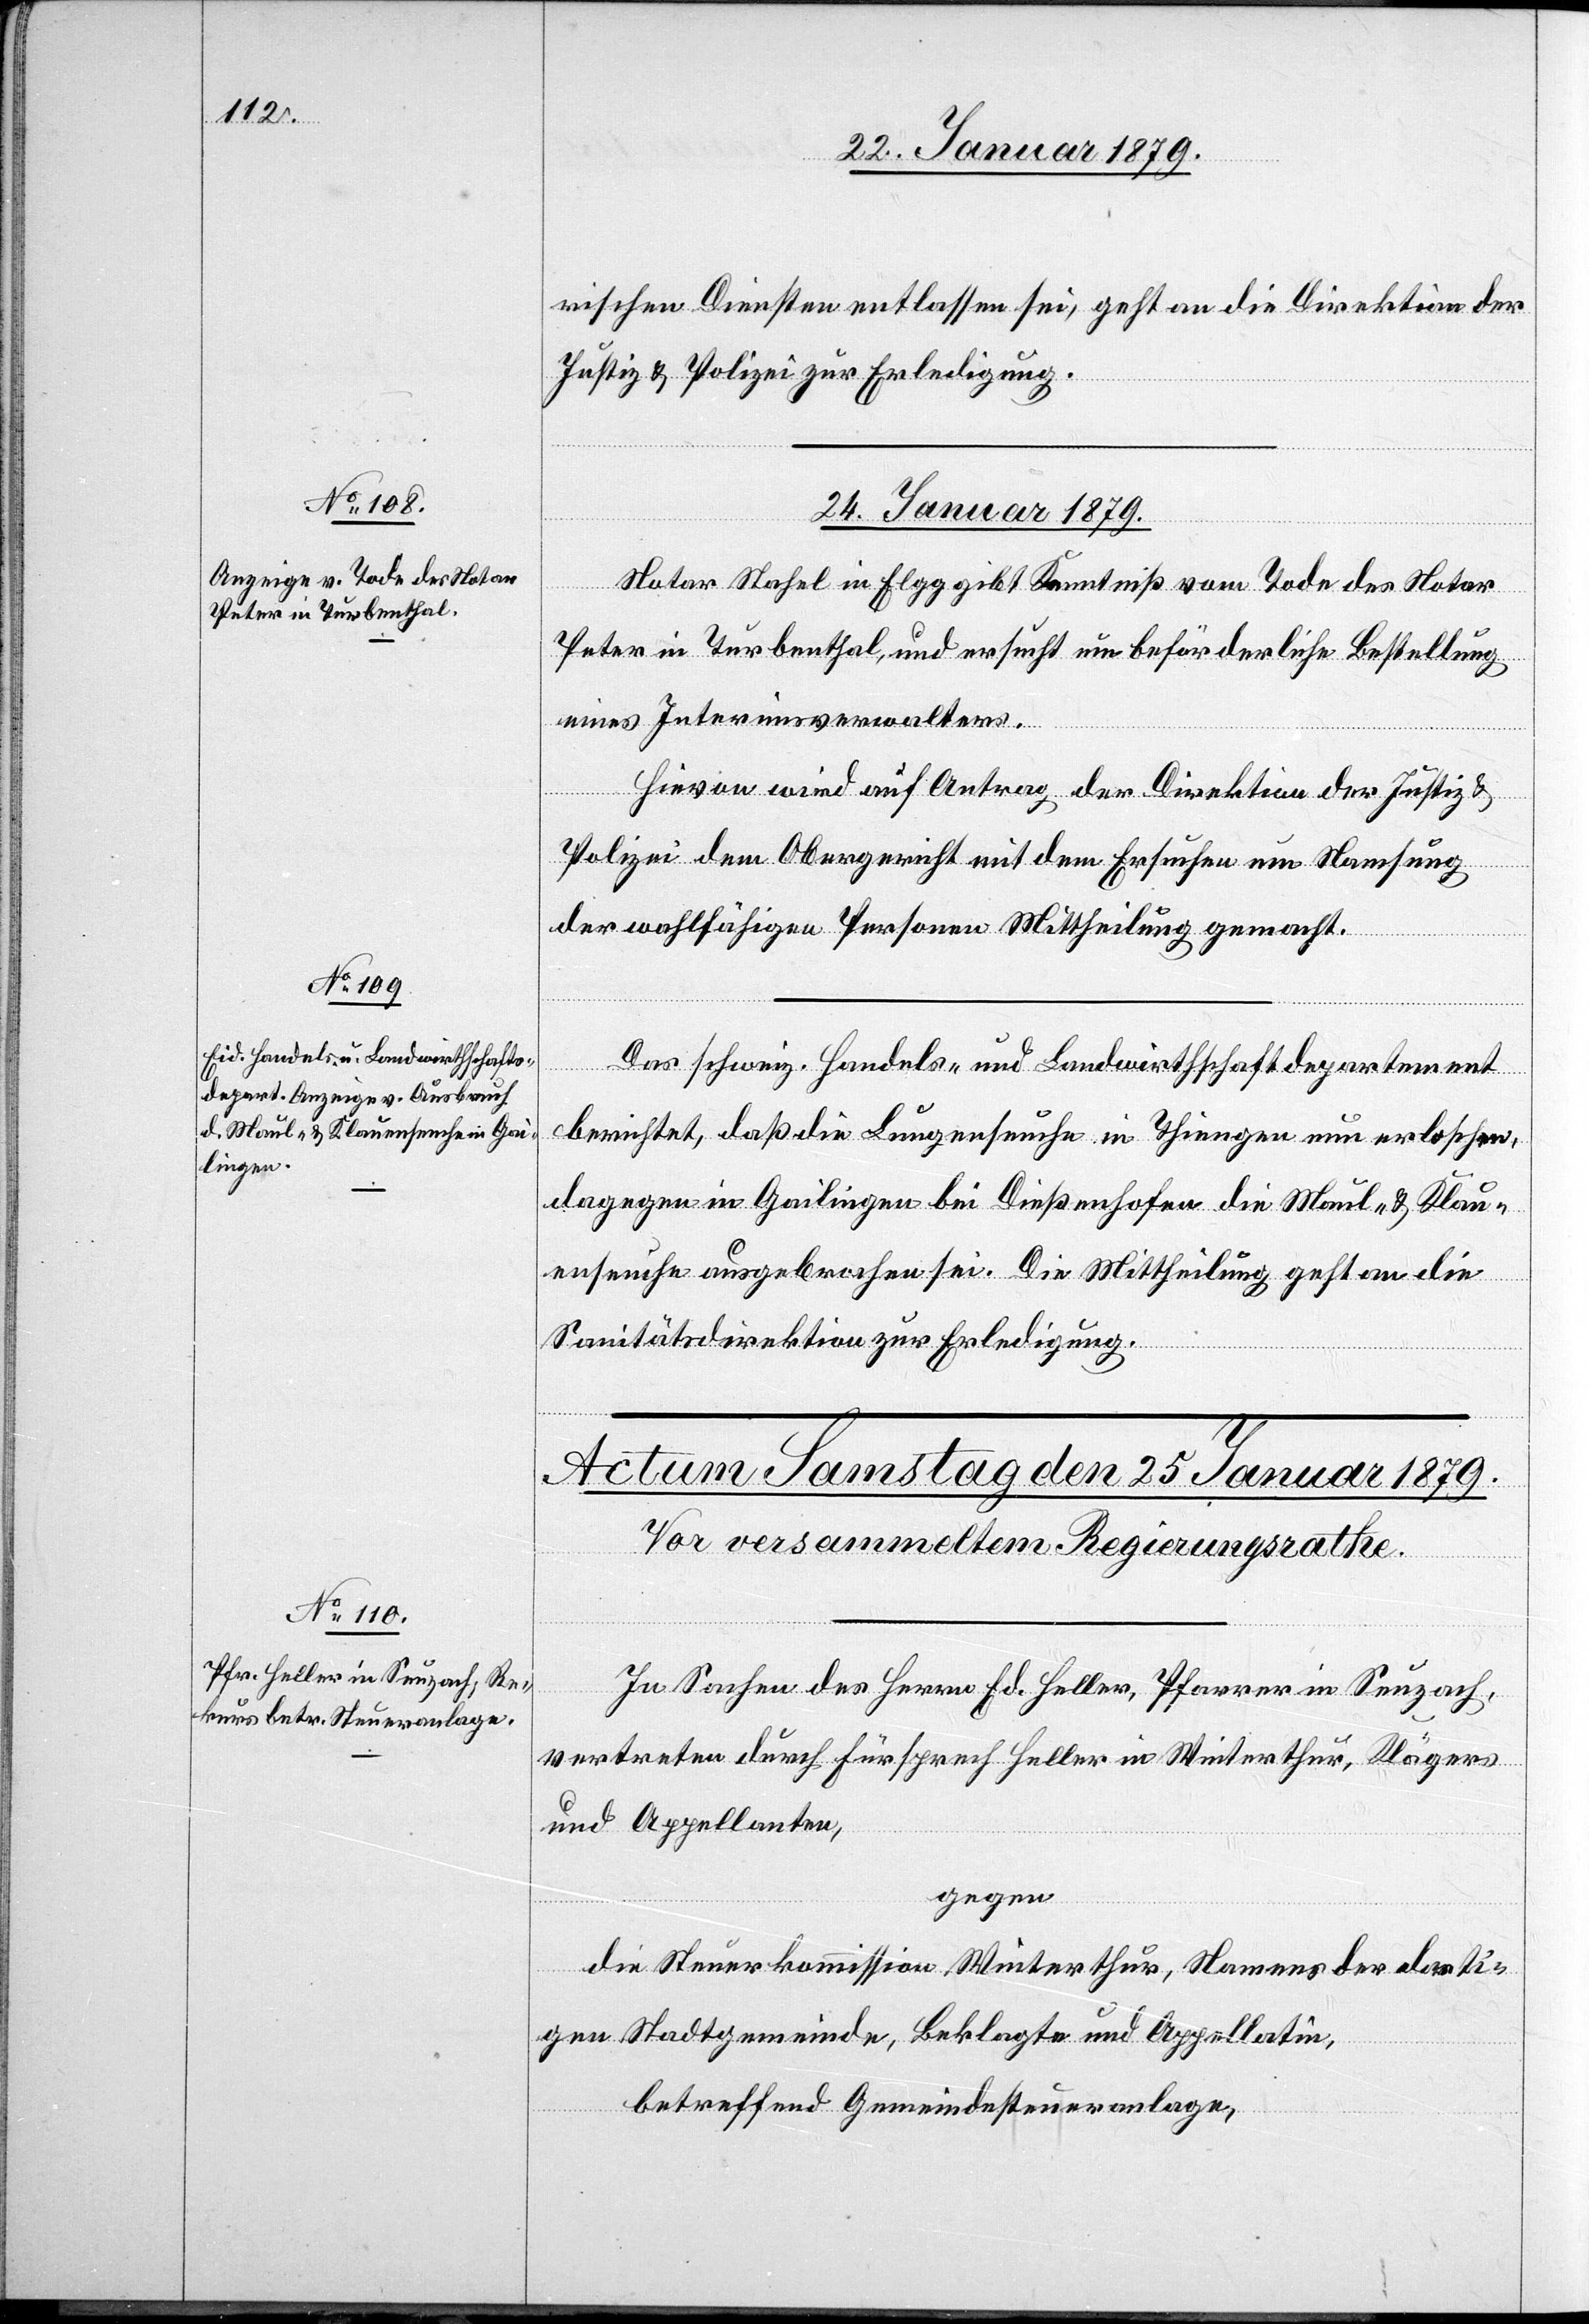
rischen Diensten entlassen sei, geht an die Direktion der
Justiz & Polizei zur Erledigung.
24. Januar 1879.]
Notar Stahel in Elgg gibt Kenntniß vom Tode des Notar
Peter in Turbenthal, und ersucht um beförderliche Bestellung
eines Interimsverwalters.
Hievon wird auf Antrag der Direktion der Justiz &
Polizei dem Obergericht mit dem Ersuchen um Namsung
der wahlfähigen Personen Mittheilung gemacht.
Das schweiz. Handels- und Landwirthschaftsdepartement
berichtet, daß die Lungenseuche in Thiengen nun erloschen,
dagegen in Gailingen bei Dießenhofen die Maul- & Klau¬
enseuche ausgebrochen sei. Die Mittheilung geht an die
Sanitätsdirektion zur Erledigung.
In Sachen des Herrn Ed. Heller, Pfarrer in Seuzach,
vertreten durch Fürsprech Heller in Winterthur, Klägers
und Appellanten,
gegen
die Steuerkommission Winterthur, Namens der dorti¬
gen Stadtgemeinde, Beklagte und Appellatin,
betreffend Gemeindesteueranlage,